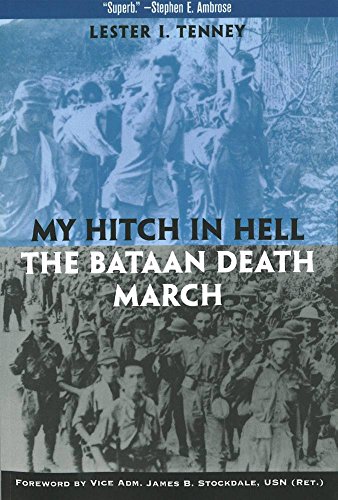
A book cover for My Hitch in Hell: The Bataan Death March (Memories of War); Lester I. Tenney; History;